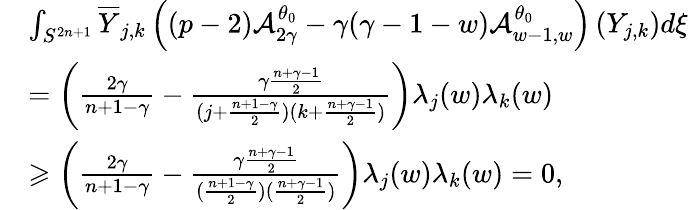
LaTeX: \begin{array}{rl}&{\int_{S^{2n+1}}\overline{{Y}}_{j,k}\left((p-2)\mathcal{A}_{2\gamma}^{\theta_{0}}-\gamma(\gamma-1-w)\mathcal{A}_{w-1,w}^{\theta_{0}}\right)\left(Y_{j,k}\right)d\xi}\\ &{=\left(\frac{2\gamma}{n+1-\gamma}-\frac{\gamma\frac{n+\gamma-1}{2}}{(j+\frac{n+1-\gamma}{2})(k+\frac{n+\gamma-1}{2})}\right)\lambda_{j}(w)\lambda_{k}(w)}\\ &{\geqslant\left(\frac{2\gamma}{n+1-\gamma}-\frac{\gamma\frac{n+\gamma-1}{2}}{(\frac{n+1-\gamma}{2})(\frac{n+\gamma-1}{2})}\right)\lambda_{j}(w)\lambda_{k}(w)=0,}\end{array}